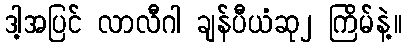
ဒါ့အပြင် လာလီဂါ ချန်ပီယံဆု၂ ကြိမ်နဲ့။